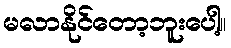
မလာနိုင်တော့ဘူးပေါ့။